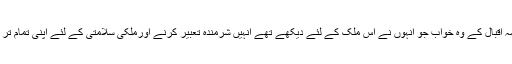
حکمران قائد اعظم اور علامہ اقبال کے وہ خواب جو انہوں نے اس ملک کے لئے دیکھے تھے انہیں شرمندہ تعبیر کرنے اورملکی سلامتی کے لئے اپنی تمام تر توانائیاں بروئے کار لائیں ۔